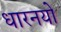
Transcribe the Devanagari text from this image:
धारनयो